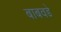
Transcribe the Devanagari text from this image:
बाबवडे